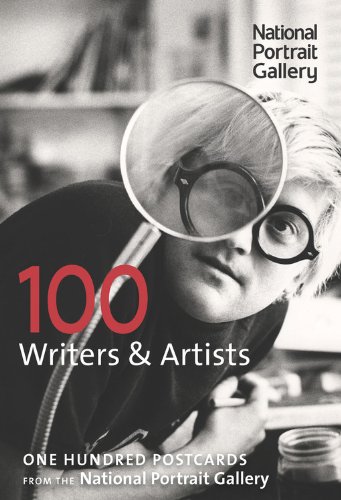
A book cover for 100 Writers and Artists: One Hundred Postcards from the National Portrait Gallery; National Portrait Gallery; Arts & Photography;